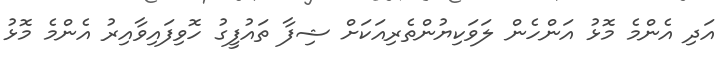
އަދި އެންމެ މޮޅު އަންހެން ލަވަކިޔުންތެރިއަކަށް ޝިފާ ތައުފީގު ހޮވިފައިވާއިރު އެންމެ މޮޅު